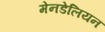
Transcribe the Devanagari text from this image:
मेनडेलियन